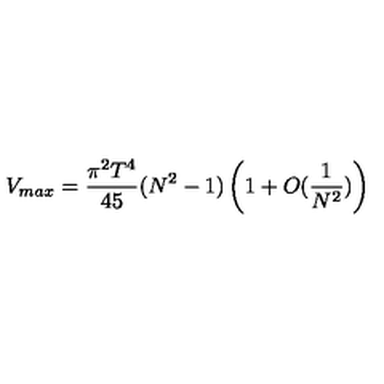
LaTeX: V _ { m a x } = { \frac { \pi ^ { 2 } T ^ { 4 } } { 4 5 } } ( N ^ { 2 } - 1 ) \left( 1 + O ( { \frac { 1 } { N ^ { 2 } } } ) \right)